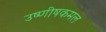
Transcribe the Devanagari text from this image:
उष्णीषकमल